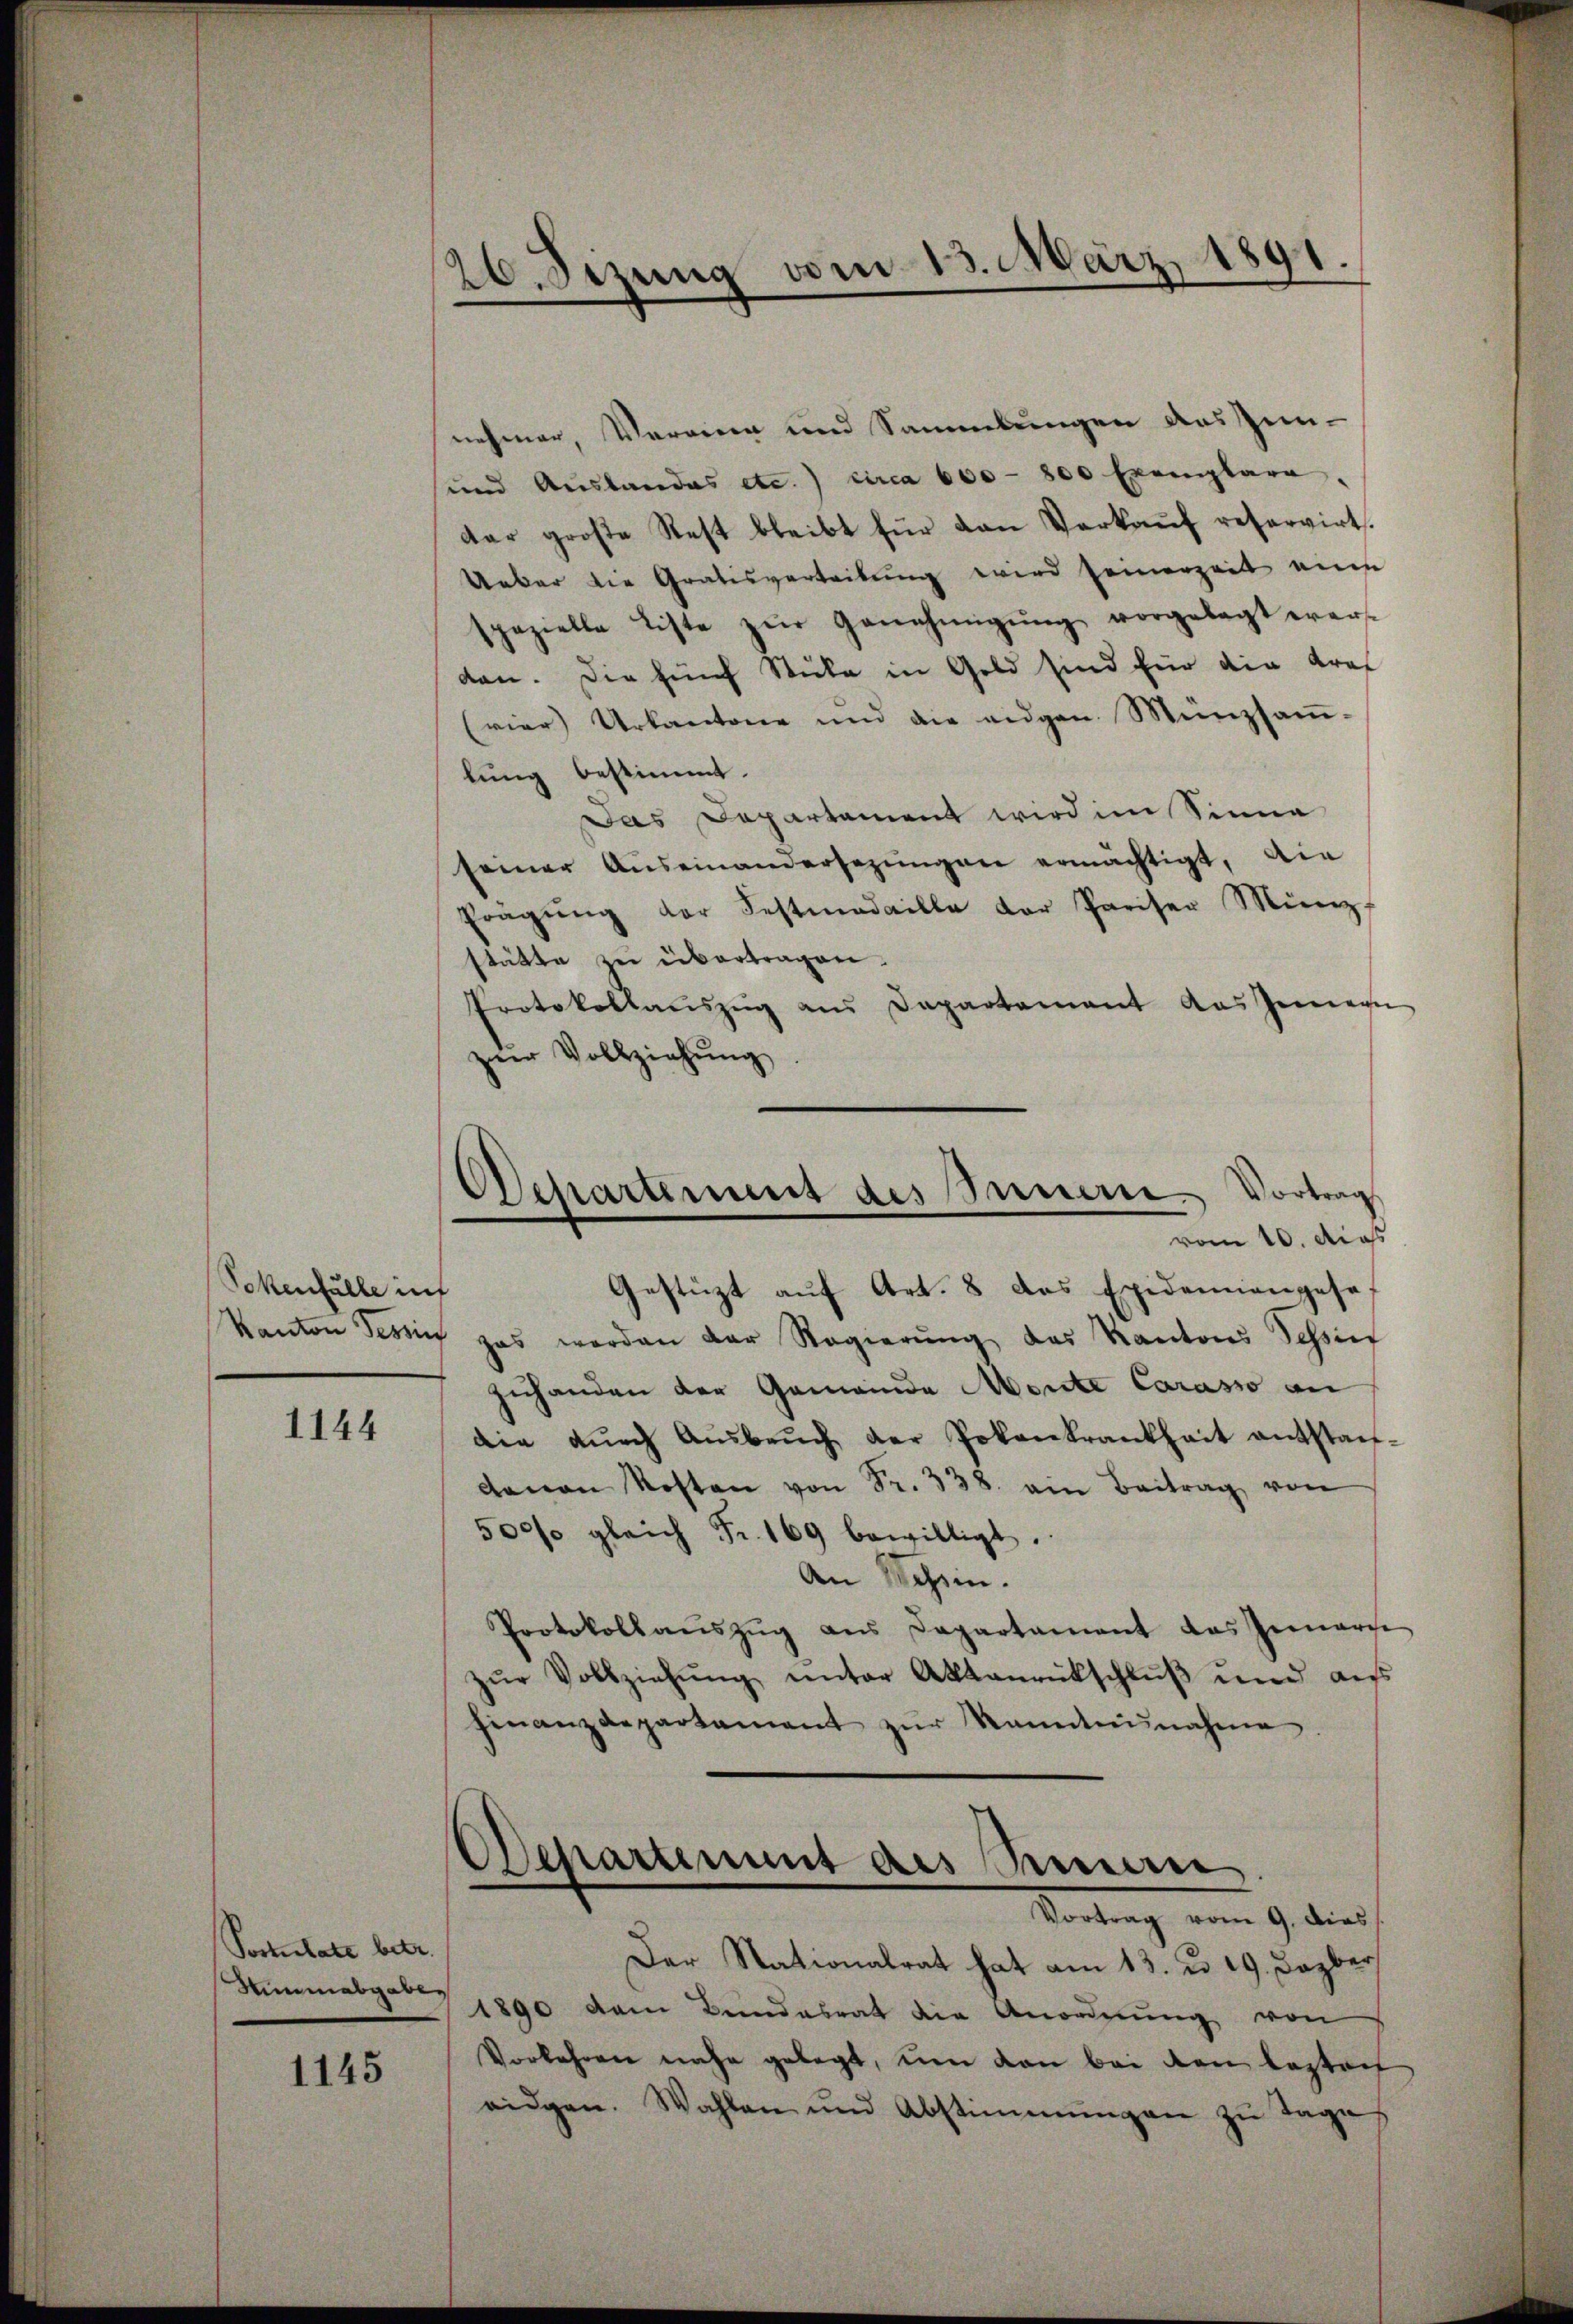
Sokenfälle in

1144

Postulate betr.
Hunmabgabe,

1145

.
e
26. Sizung vom 15. März 1891.
.

nehmer, Vereinen und Sammlungen des Zunsund Auslandes etc.) circa 600 - 800 Exemplara
dar große Rest bleibt für den Verkaŭf reservirt.
Ueber die Gratisvertribung wird seinerzeit eine
spezielle Liste zŭr Genehmigŭng vorgelegt wer-
den. Die fünf Stube in Gold sind für die Kraf
(vier Urkantone und die eidgen. Münzsaṁ-
lung bestimmt.
Das Departement wird im Sinne
seiner Auseinandersezungen ermächtigt, die
Prägŭng der Festnadaille der Preiser Münz
stätte zu übertragen.
Protokollauszug aus Departement das Innern
zur Vollziehung
kanton Tessin pas worden der Regierŭng des Kantons Tessief
zuhanden der Gemeinde Monte Carasso an
die dŭrch Aŭsbaŭch der Polenkrankheit entstan-
davon Kosten von Fr. 338. ein Beitrag von
500% gleich Fr. 169 bewilligt.
An Messin.
Protokollaŭszŭg ans Departament das Inners
zŭr Vollziehŭng ŭnter Aktenrückschlŭβ und aus
finanzdepartament zŭr Kanntnisnahme
Departement des Seman
Vortrag vom 9. dies
Der Nationalrat hat am 13. u. 19. Dazber
1890 dem Bundesrat die Anordnŭng von
Vorkehren nahe gelegt, um den bei den besteif
eidgen. Wahlen und Abstimmungen zŭ Tage

Departement des Innern. Vortrag
vom 10. dies
Gestüzt auf Art. 8 das Epidemiengese¬